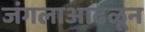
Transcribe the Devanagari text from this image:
जंगलाआढळून